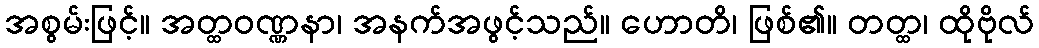
အစွမ်းဖြင့်။ အတ္ထဝဏ္ဏနာ၊ အနက်အဖွင့်သည်။ ဟောတိ၊ ဖြစ်၏။ တတ္ထ၊ ထိုဗိုလ်